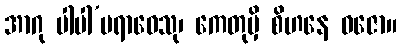
အာဂု ပါပါ’ပရာဓေသု၊ ကေတုမှိ စိဟနေ ဓဇော။